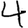
Digit: 4